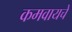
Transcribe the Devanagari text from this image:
कमवायचे